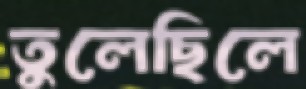
তুলেছিলে